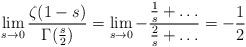
LaTeX: \begin{align*}\lim_{s\rightarrow 0} \frac{\zeta(1-s)}{\Gamma(\frac{s}{2})} = \lim_{s\rightarrow 0}-\frac{\frac{1}{s}+\dots}{\frac{2}{s}+\dots} = -\frac{1}{2} \end{align*}